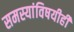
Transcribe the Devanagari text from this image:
समस्यांविषयीही